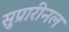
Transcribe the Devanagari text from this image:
सुप्रारीनल